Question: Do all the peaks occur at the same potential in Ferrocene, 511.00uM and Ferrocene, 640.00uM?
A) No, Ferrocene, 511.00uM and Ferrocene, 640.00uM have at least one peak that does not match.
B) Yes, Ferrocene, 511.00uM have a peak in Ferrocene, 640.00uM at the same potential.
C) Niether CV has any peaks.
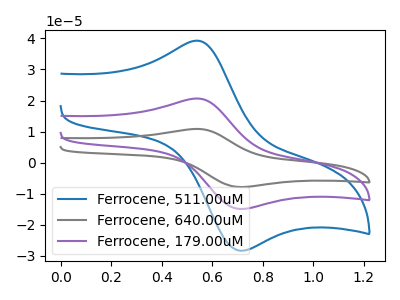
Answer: <think>The blue curve "Ferrocene, 511.00uM" has an anodic peak at (0.55V, 39.25uA) and a cathodic peak at (0.70V, -28.35uA). The gray curve "Ferrocene, 640.00uM" has an anodic peak at (0.55V, 41.30uA) and a cathodic peak at (0.70V, -29.85uA). The purple curve "Ferrocene, 179.00uM" has an anodic peak at (0.55V, 20.65uA) and a cathodic peak at (0.70V, -14.90uA).</think>
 <answer>B) Yes, "Ferrocene, 511.00uM" have a peak in "Ferrocene, 640.00uM" at the same potential.</answer>
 <eval>B</eval>